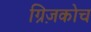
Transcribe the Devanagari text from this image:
ग्रिज़कोच